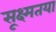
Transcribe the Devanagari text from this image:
सूक्ष्मतया